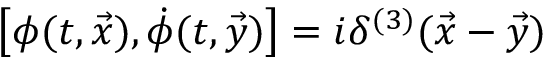
\left[ \phi ( t , \vec { x } ) , \dot { \phi } ( t , \vec { y } ) \right] = i \delta ^ { ( 3 ) } ( \vec { x } - \vec { y } )